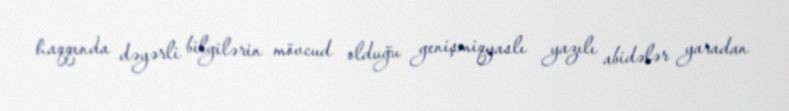
haqqında dəyərli bilgilərin mövcud olduğu genişmiqyaslı yazılı abidələr yaradan